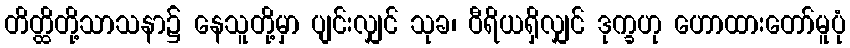
တိတ္ထိတို့သာသနာ၌ နေသူတို့မှာ ပျင်းလျှင် သုခ၊ ဝီရိယရှိလျှင် ဒုက္ခဟု ဟောထားတော်မူပုံ